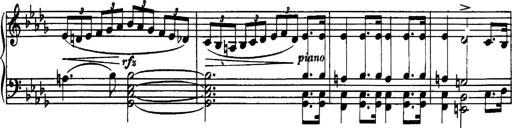
Title: 3 Sonatinas, Op.67
Composer: Jean Sibelius